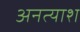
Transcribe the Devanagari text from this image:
अनत्याश